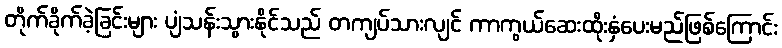
တိုက်ခိုက်ခဲ့ခြင်းများ ပျံသန်းသွားနိုင်သည် တကျပ်သားလျင် ကာကွယ်ဆေးထိုးနှံပေးမည်ဖြစ်ကြောင်း